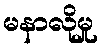
မနာလိုမှု